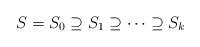
LaTeX: \begin{align*}S=S_0\supseteq S_1 \supseteq \dots \supseteq S_k\end{align*}